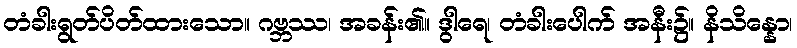
တံခါးရွတ်ပိတ်ထားသော။ ဂဗ္ဘဿ၊ အခန်း၏။ ဒွါရေ၊ တံခါးပေါက် အနီး၌။ နိသိန္နော၊